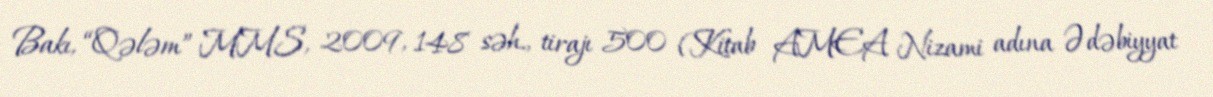
Bakı, “Qələm” MMS, 2009, 148 səh., tirajı 500 (Kitab AMEA Nizami adına Ədəbiyyat